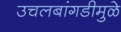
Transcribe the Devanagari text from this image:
उचलबांगडीमुळे